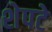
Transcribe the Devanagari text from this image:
शेपटे